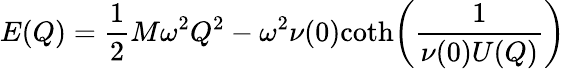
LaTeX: E(Q)=\frac{1}{2}M\omega^{2}Q^{2}-\omega^{2}\nu(0)\mathrm{coth}\bigg(\frac{1}{\nu(0)U(Q)}\bigg)